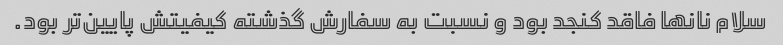
سلام نانها فاقد کنجد بود و نسبت به سفارش گذشته کیفیتش پایین‌تر بود.